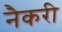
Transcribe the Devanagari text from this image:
नैकरी